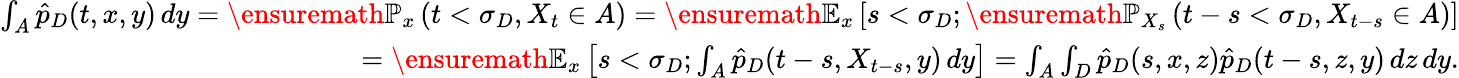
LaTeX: \begin{array}{r}{\int_{A}\hat{p}_{D}(t,x,y)\, dy=\ensuremath{\mathbb{P}}_{x}\left(t<\sigma_{D},X_{t}\in A\right)=\ensuremath{\mathbb{E}}_{x}\left[s<\sigma_{D};\ensuremath{\mathbb{P}}_{X_{s}}\left(t-s<\sigma_{D},X_{t-s}\in A\right)\right]}\\ {=\ensuremath{\mathbb{E}}_{x}\left[s<\sigma_{D};\int_{A}\hat{p}_{D}(t-s,X_{t-s},y)\, dy\right]=\int_{A}\int_{D}\hat{p}_{D}(s,x,z)\hat{p}_{D}(t-s,z,y)\, dz\, dy.}\end{array}